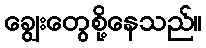
ချွေးတွေစို့နေသည်။